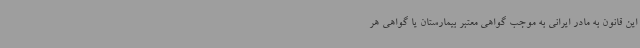
این قانون به مادر ایرانی به موجب گواهی معتبر بیمارستان یا گواهی هر